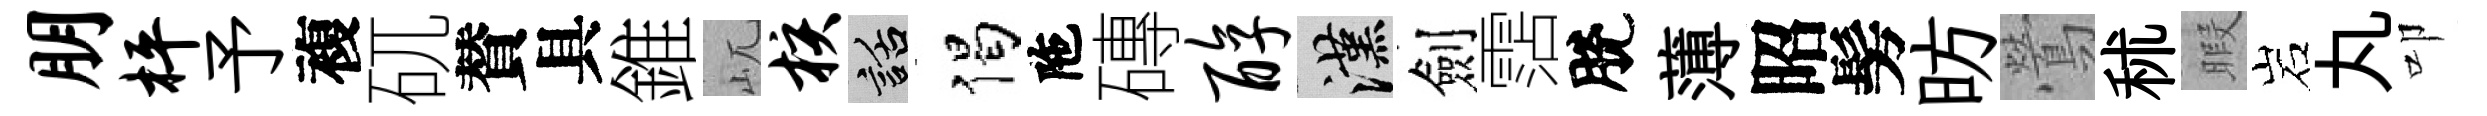
朋枰予複矹賛具錐屼核話偈陁磚醇漢劍霑脫薄昭髣昉鶯秫暇岩丸叩